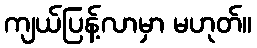
ကျယ်ပြန့်လာမှာ မဟုတ်။